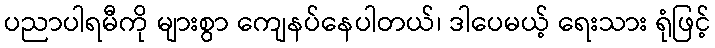
ပညာပါရမီကို များစွာ ကျေနပ်နေပါတယ်၊ ဒါပေမယ့် ရေးသား ရုံဖြင့်